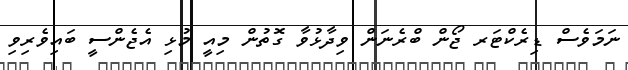
ނަމަވެސް ޑިރެކްޓަރ ޖޯން ބްރެނަން ވިދާޅުވާ ގޮތުން މިއީ މުޅި އެޖެންސީ ބައިވެރިވި